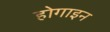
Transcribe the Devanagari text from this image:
होगाइन